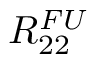
R _ { 2 2 } ^ { F U }